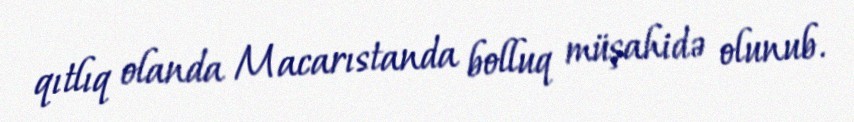
qıtlıq olanda Macarıstanda bolluq müşahidə olunub.